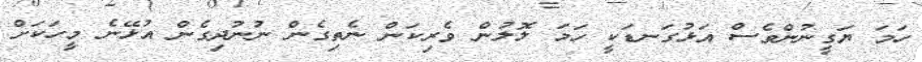
ހަމަ ޔަގީނުންވެސް އަޅުގަނޑަކީ ހަމަ ލޮލުން ވެރިކަން ނެތިގެން ނުނުދިގެން އުޅޭނެ މީހަކަށް